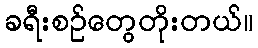
ခရီးစဉ်တွေတိုးတယ်။